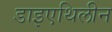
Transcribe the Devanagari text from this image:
डाइएथिलीन